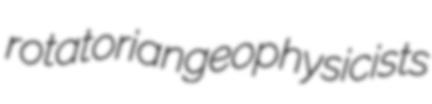
rotatorian geophysicists